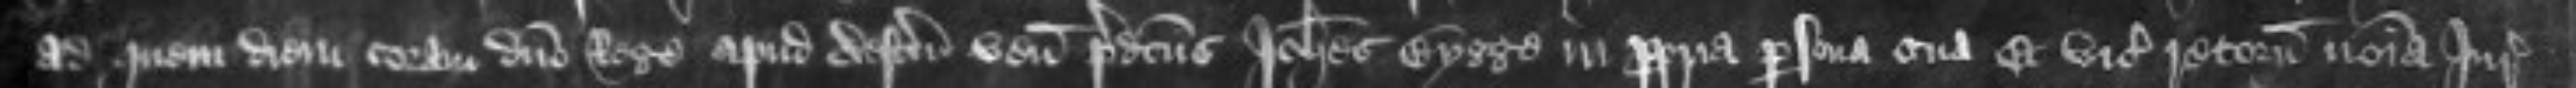
ad quem diem coram domino Rege apud Westmonasterium venit predictus Johannes Bygge in propria persona sua Et vicecomites retornaverunt nomina Jurate